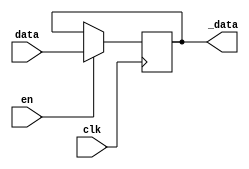
module AD_Dff8(clk, en, data, _data);
input clk, en;
input [7:0] data;
output reg [7:0] _data;

always @(posedge clk) begin 
  if(en) begin
	 _data <= data;
  end else begin
    _data <= _data;
  end
end

endmodule